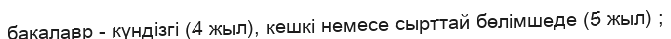
бакалавр - күндізгі (4 жыл), кешкi немесе сырттай бөлiмшеде (5 жыл) ;